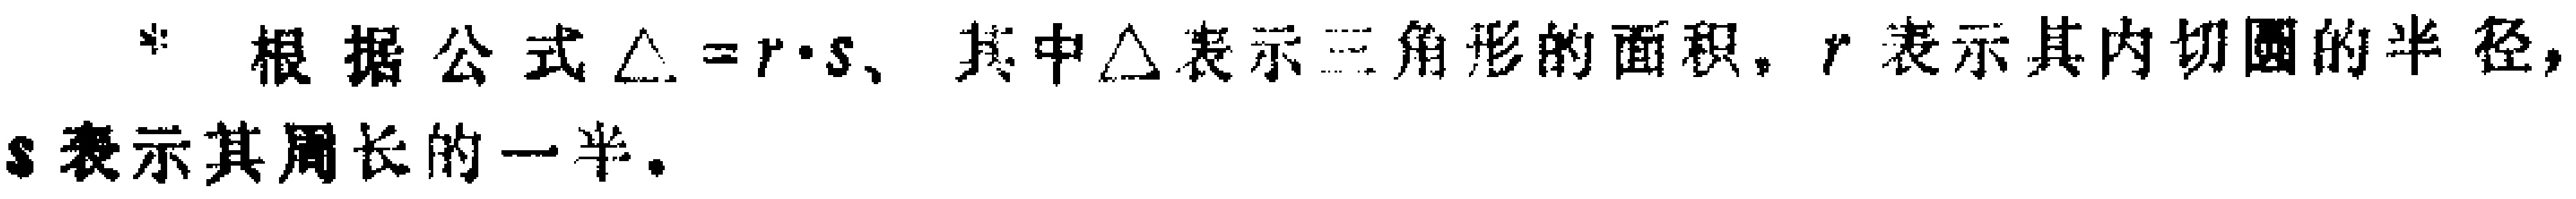
* 根据公式$\triangle = r\cdot s$, 其中$\triangle$表示三角形的面积, $r$表示其内切圆的半径, $s$表示其周长的一半。